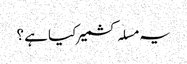
یہ مسلہ کشمیر کیا ہے ؟